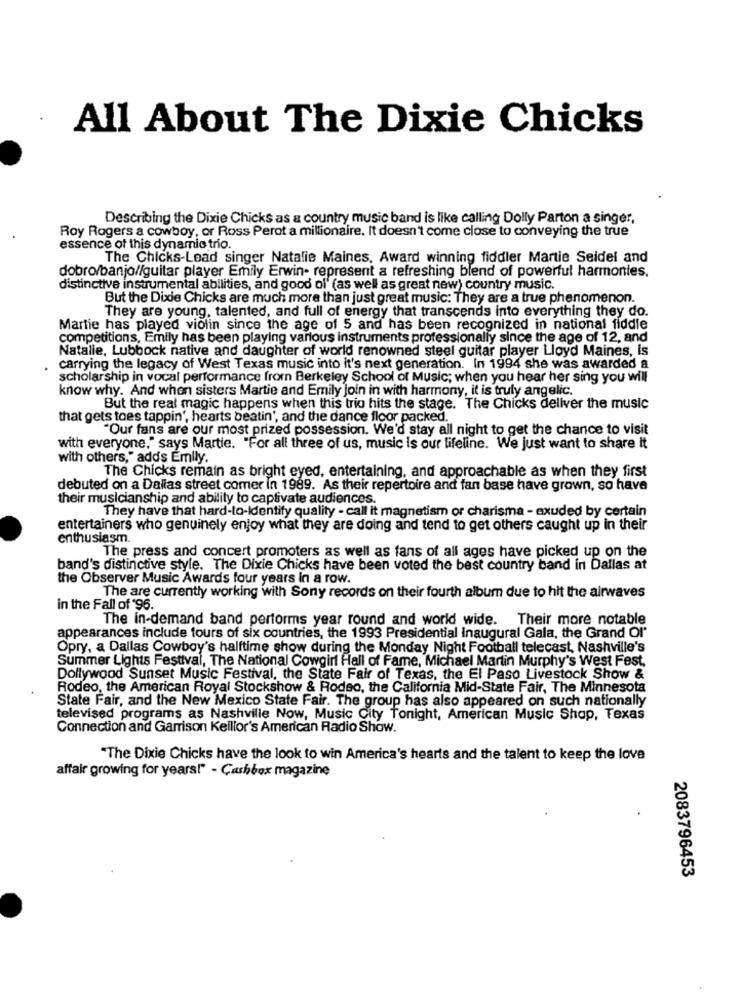
All About The Dixie Chicks
Describing the Dixie Chicks as a country music band is like calling Dolly Parton a singer,
Roy Rogers a cowboy, or Ross Perot a millionaire. It doesn't come close to conveying the true
essence of this dynamic trio.
The Chicks-Lead singer Natalie Maines, Award winning fiddler Martie Seidel and
dobro/banjo//guitar player Emily Erwin- represent a refreshing blend of powerful harmonies.
distinctive instrumental abilities, and good ol' (as well as great new) country music.
But the Dixie Chicks are much more than just great music: They are a true phenomenon.
They are young, talented, and full of energy that transcends into everything they do.
Martie has played violin since the age of 5 and has been recognized in national fiddle
competitions, Emily has been playing various instruments professionally since the age of 12, and
Natalie, Lubbock native and daughter of world renowned steel guitar player Lloyd Maines, Is
carrying the legacy of West Texas music into it's next generation. In 1994 she was awarded a
scholarship in vocal performance from Berkeley School of Music; when you hear her sing you will
know why. And when sisters Martie and Emily join in with harmony, it is truly angelic.
But the real magic happens when this trio hits the stage. The Chicks deliver the music
that gets toes tappin', hearts beatin', and the dance floor packed.
"Our fans are our most prized possession. We'd stay all night to get the chance to visit
with everyone," says Martie. "For all three of us, music Is our lifeline. We just want to share it
with others," adds Emily.
The Chicks remain as bright eyed, entertaining, and approachable as when they first
debuted on a Dallas street comer in 1989. As their repertoire and fan base have grown, so have
their musicianship and ability to captivate audiences.
They have that hard-to-Identify quality - call it magnetism or charisma - exuded by certain
entertainers who genuinely enjoy what they are doing and tend to get others caught up in their
enthusiasm
The press and concert promoters as well as fans of all ages have picked up on the
band's distinctive style. The Dixie Chicks have been voted the best country band in Dallas at
the Observer Music Awards four years In a row.
The are currently working with Sony records on their fourth album due to hit the airwaves
in the Fall of '96.
The in-demand band performs year round and world wide. Their more notable
appearances include tours of six countries, the 1993 Presidential Inaugural Gala, the Grand Ol"
Opry, a Dallas Cowboy's halftime show during the Monday Night Football telecast, Nashville's
Summer Lights Festival, The National Cowgirl Hall of Fame, Michael Martin Murphy's West Fest,
Dollywood Sunset Music Festival, the State Fair of Texas, the El Paso Livestock Show &
Rodeo, the American Royal Stockshow & Rodeo, the California Mid-State Fair, The Minnesota
State Fair, and the New Mexico State Fair. The group has also appeared on such nationally
televised programs as Nashville Now, Music City Tonight, American Music Shop, Texas
Connection and Garrison Kellior's American Radio Show.
"The Dixie Chicks have the look to win America's hearts and the talent to keep the love
affair growing for years!" - Cashbox magazine
2083796453